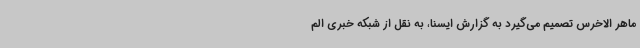
ماهر الاخرس تصمیم می‌گیرد به گزارش ایسنا، به نقل از شبکه خبری الم